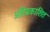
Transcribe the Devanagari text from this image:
अतिप्रकाशित